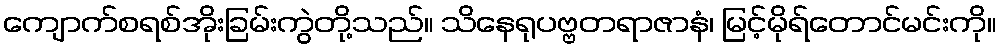
ကျောက်စရစ်အိုးခြမ်းကွဲတို့သည်။ သိနေရုပဗ္ဗတရာဇာနံ၊ မြင့်မိုရ်တောင်မင်းကို။